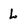
Character: L